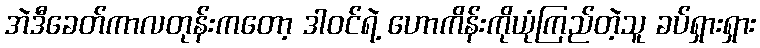
အဲဒီခေတ်ကာလတုန်းကတော့ ဒါဝင်ရဲ့ ဟောကိန်းကိုယုံကြည်တဲ့သူ ခပ်ရှားရှား